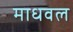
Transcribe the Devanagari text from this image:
माधवल